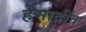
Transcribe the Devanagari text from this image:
हेमाद्रींत